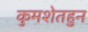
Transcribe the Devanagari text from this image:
कुमशेतहुन